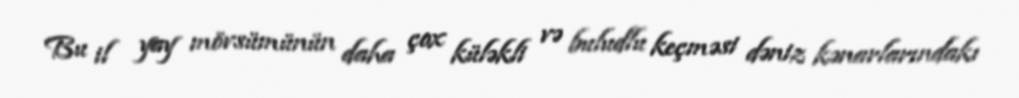
Bu il yay mövsümünün daha çox küləkli və buludlu keçməsi dəniz kənarlarındakı